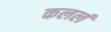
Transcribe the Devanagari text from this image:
कललं